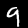
Digit: 9